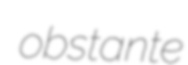
obstante